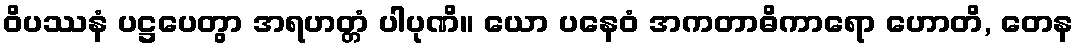
ဝိပဿနံ ပဋ္ဌပေတွာ အရဟတ္တံ ပါပုဏိ။ ယော ပနေဝံ အကတာဓိကာရော ဟောတိ, တေန